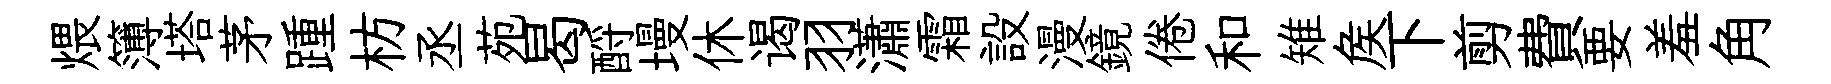
煨簿塔茅踵枋丞苑曷酹墁休谒羽瀟霜設漫鏡倦和雉矦下剪費要羞角